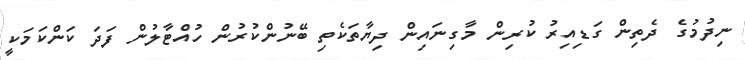
ނިދުމުގެ ދެތިން ގަޑިއިރު ކުރިން މާގިނައިން ދިޔާތަކެތި ބޭނުންކުރުން ހުއްޓާލުން ފަދަ ކަންކަމަކީ